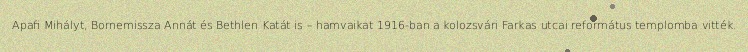
Apafi Mihályt, Bornemissza Annát és Bethlen Katát is – hamvaikat 1916-ban a kolozsvári Farkas utcai református templomba vitték.